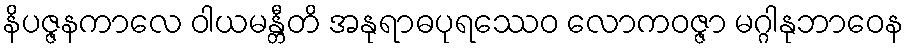
နိပဇ္ဇနကာလေ ဝါယမန္တီတိ အနုရာဓပုရဿေဝ လောကဝဇ္ဇာ မဂ္ဂါနုဘာဝေန